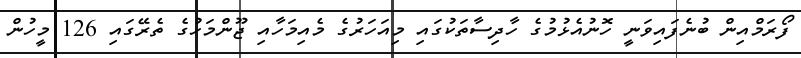
ފޯރަމްއިން ބުނެފައިވަނީ ހޮނުއެޅުމުގެ ހާދިސާތަކުގައި މިއަހަރުގެ މެއިމަހާއި ޖޫންމަހުގެ ތެރޭގައި 126 މީހުން